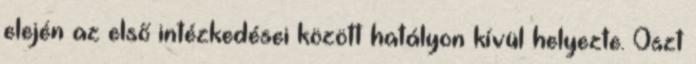
elején az első intézkedései között hatályon kívül helyezte. Oszt